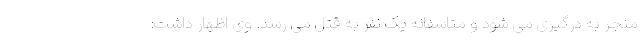
منجر به درگیری می شود و متاسفانه یک نفر به قتل می رسد. وی اظهار داشت: